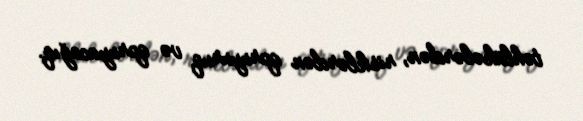
təhlükələrdən, risklərdən qoruyuruq və qoruyacağıq.